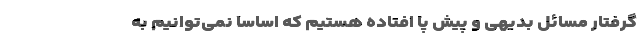
گرفتارِ مسائلِ بدیهی و پیش پا افتاده هستیم که اساسا نمی‌توانیم به